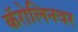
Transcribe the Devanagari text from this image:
कॅरोलिनवर